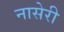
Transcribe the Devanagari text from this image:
नासेरी